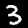
Label: 3